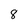
Character: 8